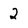
Character: 2